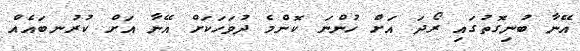
އޭނާ ބުނިގޮތުގައި ރޯދަ އަށް ހުންނަ ކޮންމެ ދުވަހަކަށް އޭނާ އަށް ކުރުނބައެއް